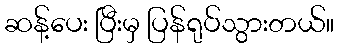
ဆန့်ပေး ပြီးမှ ပြန်ရုပ်သွားတယ်။